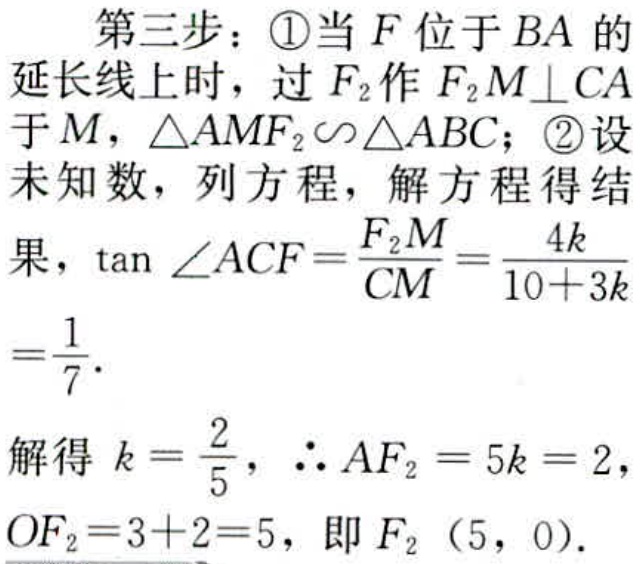
第三步：\textcircled{1}当\(F\)位于\(BA\)的延长线上时，过\(F_{2}\)作\(F_{2}M\perp CA\)于\(M\)，\(\triangle AMF_{2}\sim\triangle ABC\)；\textcircled{2}设未知数，列方程，解方程得结果，\(\tan\angle ACF=\frac{F_{2}M}{CM}=\frac{4k}{10 + 3k}=\frac{1}{7}\)。
解得\(k = \frac{2}{5}\)，\(\therefore AF_{2}=5k = 2\)，\(OF_{2}=3 + 2 = 5\)，即\(F_{2}(5,0)\)。